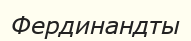
Фердинандты